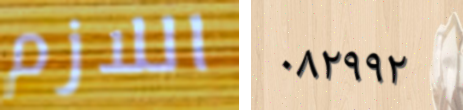
اللازم ٠٨٢٩٩٢